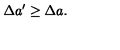
\Delta a ^ { \prime } \geq \Delta a .